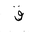
Letter: _qaf